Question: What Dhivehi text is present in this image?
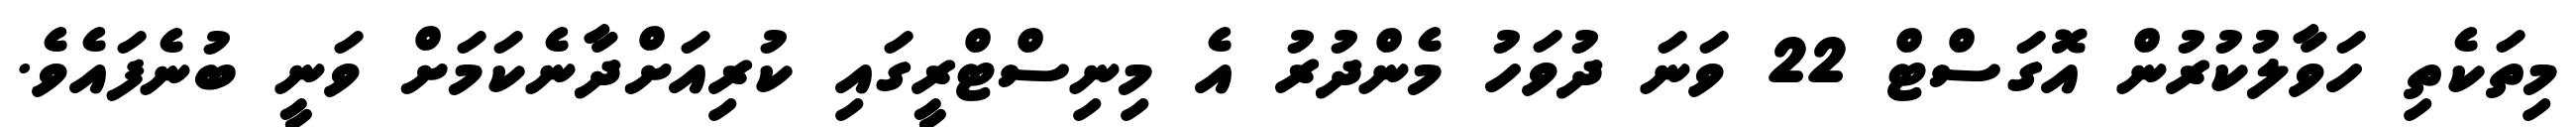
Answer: މިތަކެތި ހަވާލުކުރުން އޮގަސްޓް 22 ވަނަ ދުވަހު މެންދުރު އެ މިނިސްޓްރީގައި ކުރިއަށްދާނެކަމަށް ވަނީ ބުނެފައެވެ.